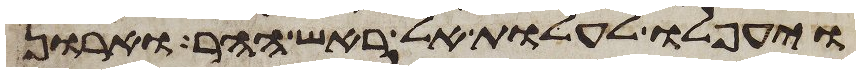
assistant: ויעפלו לעלות אל ראש ההר וארון